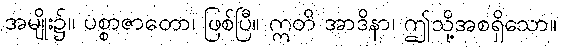
အမျိုး၌။ ပစ္စာဇာတော၊ ဖြစ်ပြီ။ ဣတိ အာဒိနာ၊ ဤသို့အစရှိသော။